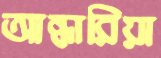
আন্ধারিয়া